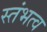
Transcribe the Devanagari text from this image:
स्तंभत्व